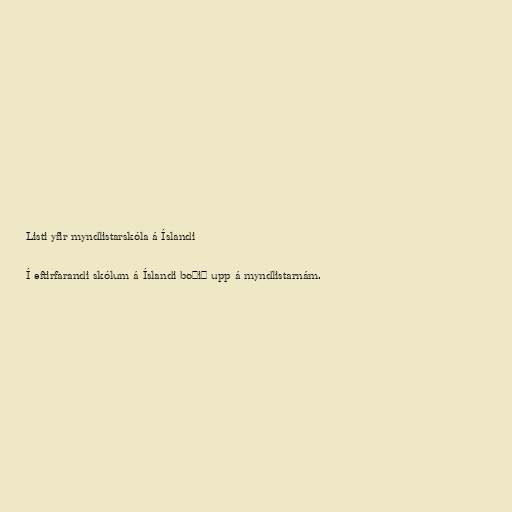
Listi yfir myndlistarskóla á Íslandi

Í eftirfarandi skólum á Íslandi boðið upp á myndlistarnám.